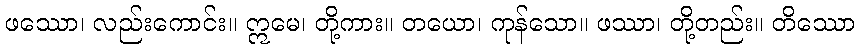
ဖဿော၊ လည်းကောင်း။ ဣမေ၊ တို့ကား။ တယော၊ ကုန်သော။ ဖဿာ၊ တို့တည်း။ တိဿော